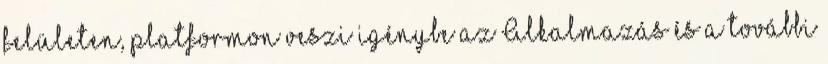
felületen, platformon veszi igénybe az Alkalmazás és a további